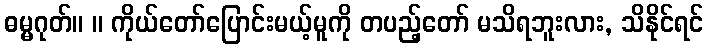
ဓမ္မဂုတ်။ ။ ကိုယ်တော်ပြောင်းမယ့်မူကို တပည့်တော် မသိရဘူးလား, သိနိုင်ရင်